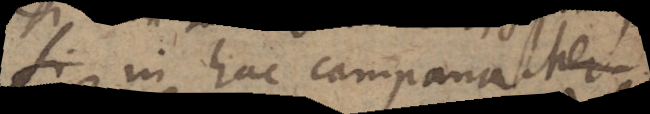
Si in hac campana Mer-